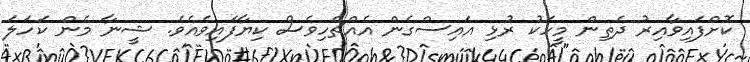
ކޮށްފައިވާއިރު ދެތިން މީހަކު ރުޅި އައިސްގެން އެއްޗެހިވެސް ކިޔާފައިވެއެވެ. ޝީނާ މެން ކަހަލަ